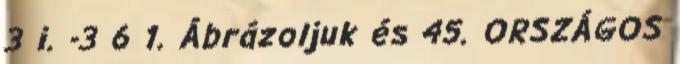
3 i. -3 6 1. Ábrázoljuk és 45. ORSZÁGOS